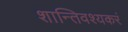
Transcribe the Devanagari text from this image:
शान्तिवश्यकरं